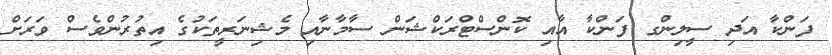
ފަންކާ އަދި ސީލިންގ ފަންކާ އާއި ކޮންސްޓްރަކްޝަން ސާމާނާއި މެޝިނަރީތަކުގެ އިތުރުންވެސް ވަރަށް